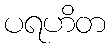
ပရဟိတ